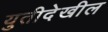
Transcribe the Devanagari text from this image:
युतीदेखील